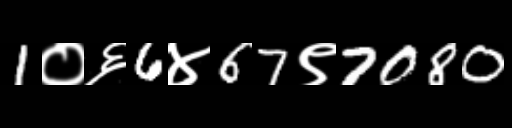
Text: 1०६6४67९7080